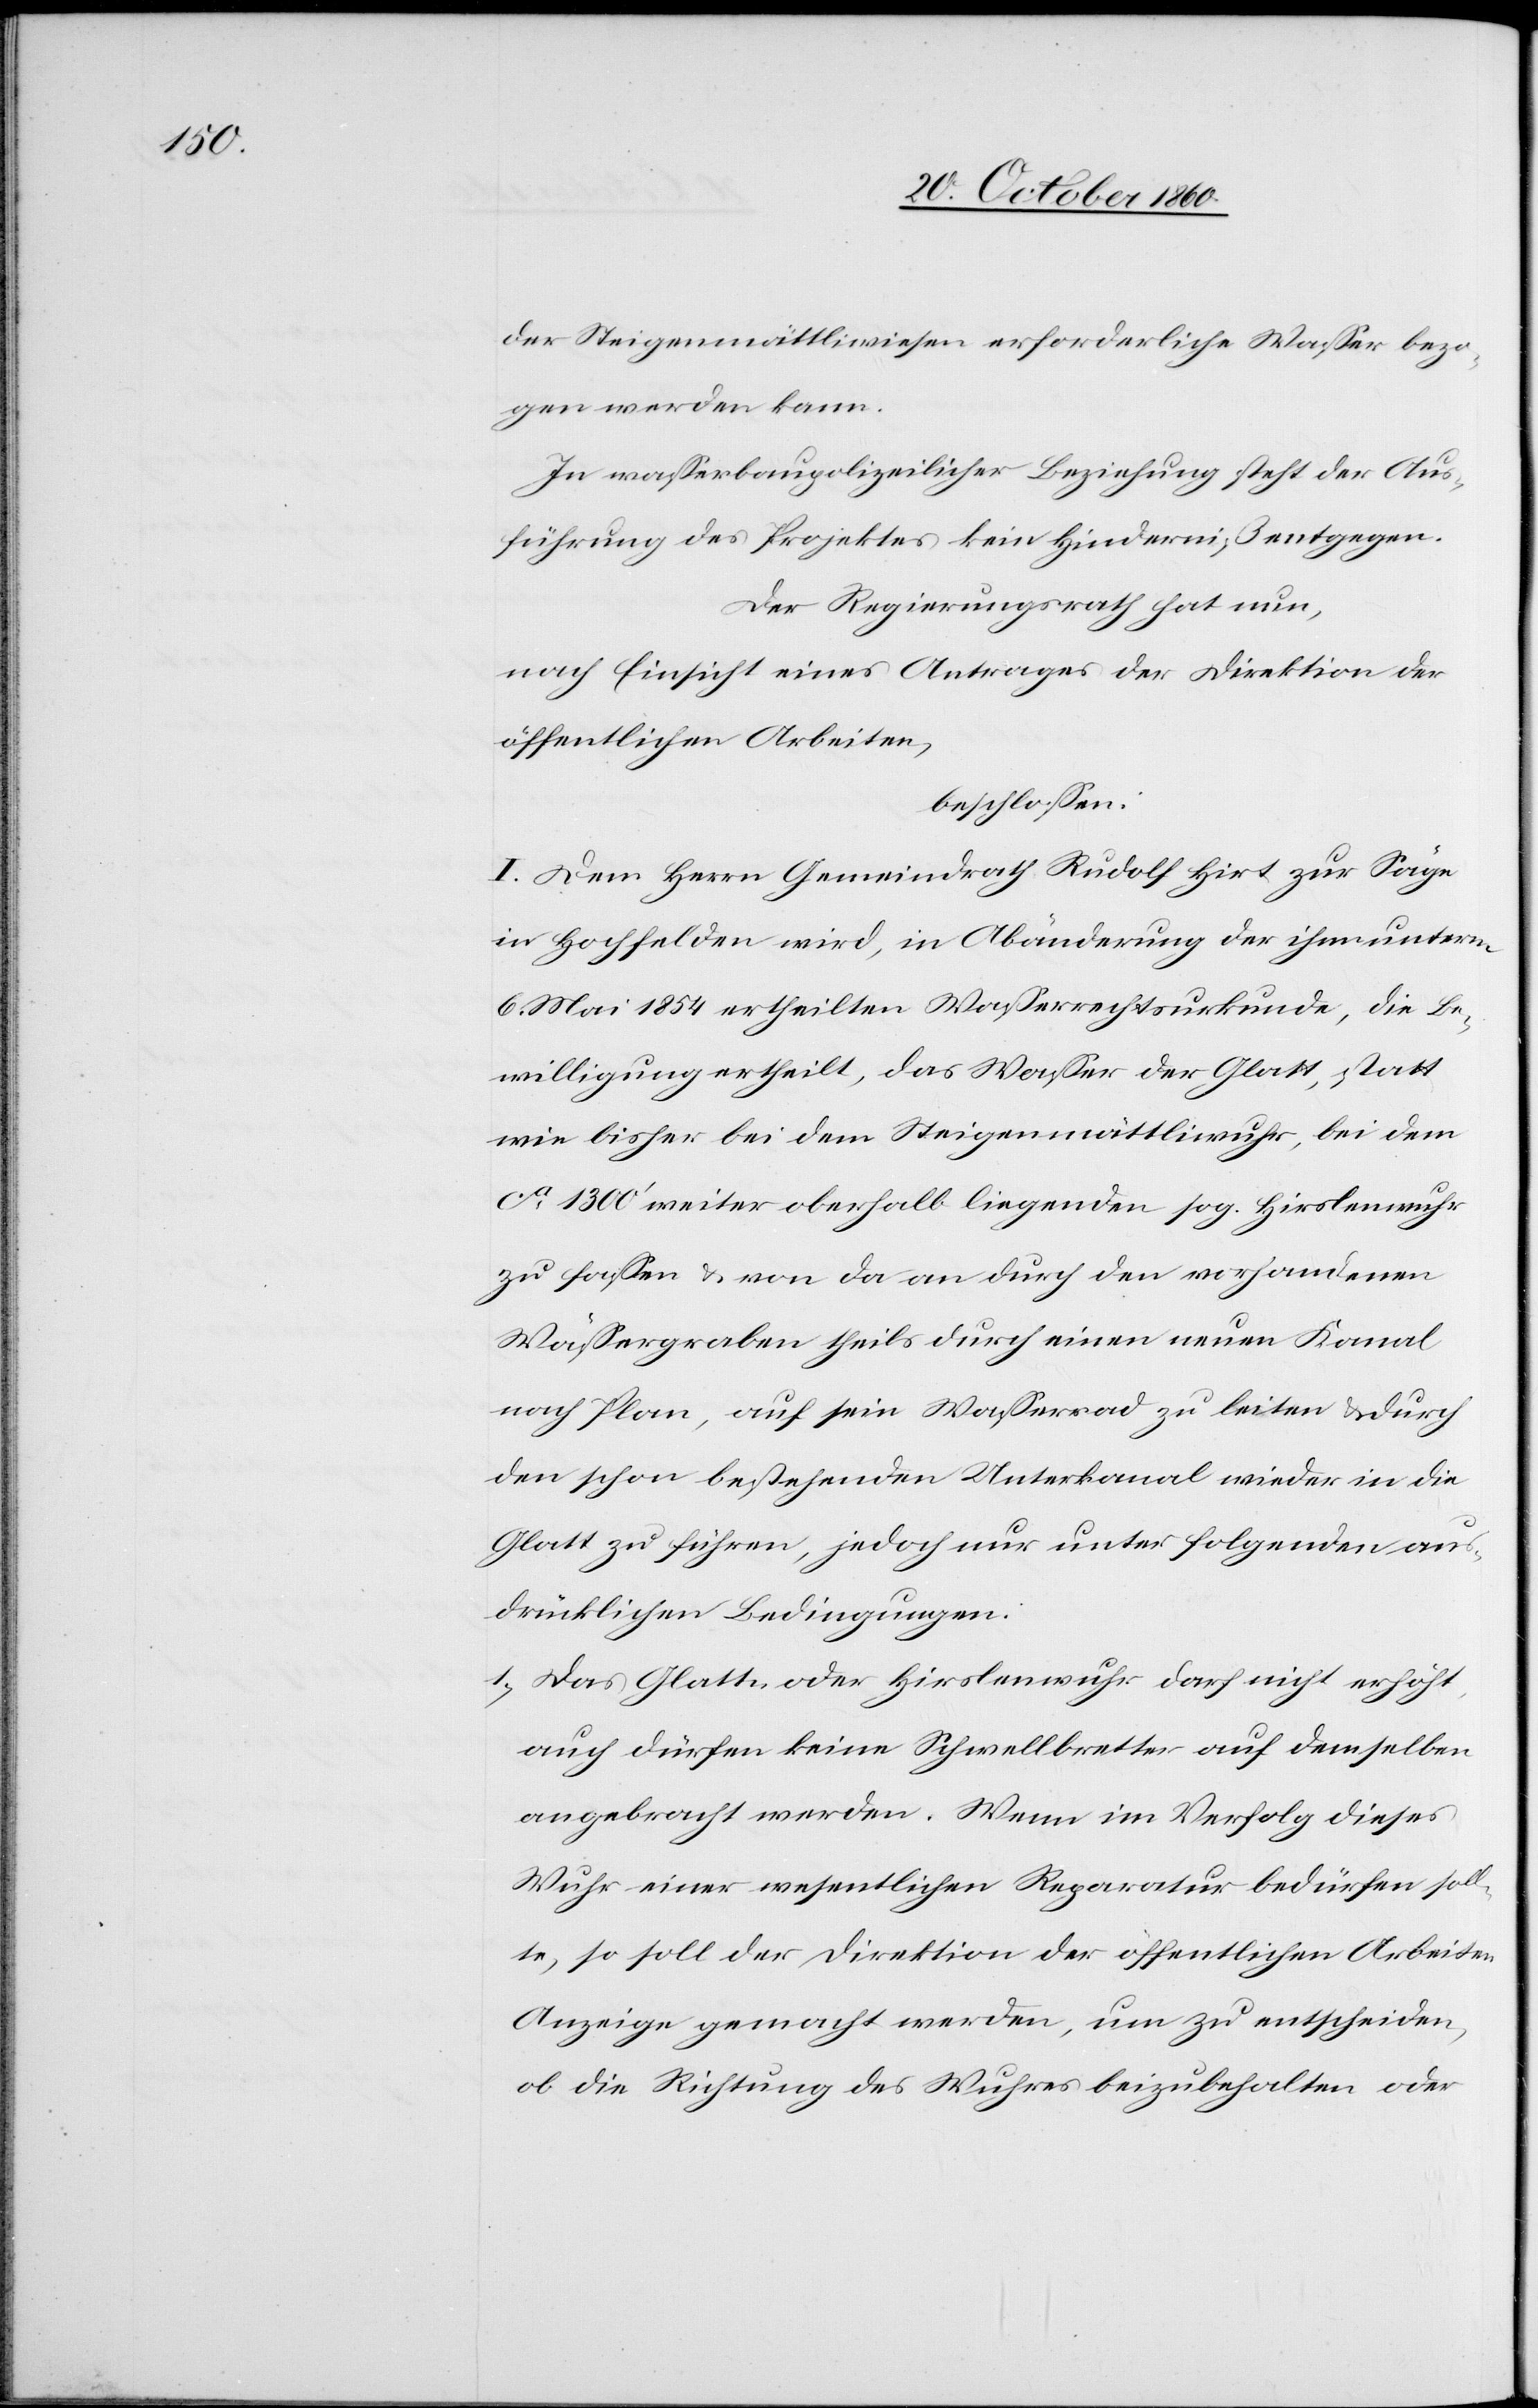
der Steigenmättliwiesen erforderliche Wasser bezo¬
gen werden kann.
In Wasserbaupolizeilicher Beziehung steht der Aus¬
führung des Projektes kein Hinderniß entgegen.
Der Regierungsrath hat nun,
nach Einsicht eines Antrages der Direktion der
öffentlichen Arbeiten,
beschlossen:
I. Dem Herrn Gemeindrath Rudolf Hirt zur Säge
in Hochfelden wird, in Abänderung der ihm unterm
6. Mai 1854 ertheilten Wasserrechtsurkunde, die Be¬
willigung ertheilt, das Wasser der Glatt, statt
wie bisher bei dem Steigenmättliwuhr, bei dem
ca 1300’ weiter oberhalb liegenden sog. Hirslenwuhr
zu fassen u. von da an durch den vorhandenen
Wässergraben theils durch einen neuen Kanal
nach Plan, auf sein Wasserrad zu leiten u. durch
den schon bestehenden Unterkanal wieder in die
Glatt zu führen, jedoch nur unter folgenden aus¬
drücklichen Bedingungen:
1) Das Glatt- oder Hirslenwuhr darf nicht erhöht,
auch dürfen keine Schwellbretter auf demselben
angebracht werden. Wenn im Verfolg dieses
Wuhr einer wesentlichen Reparatur bedürfen soll¬
te, so soll der Direktion der öffentlichen Arbeiten
Anzeige gemacht werden, um zu entscheiden,
ob die Richtung des Wuhres beizubehalten oder